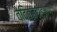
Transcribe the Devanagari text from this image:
वैदिकब्राहम्ण